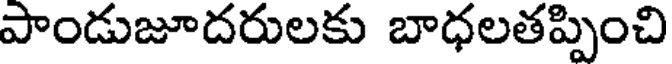
పాండుజూదరులకు బాధలతప్పించి